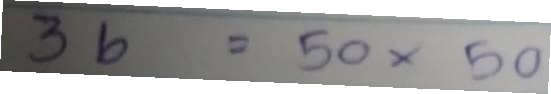
36 = 50x50